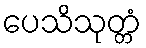
ပေသိသုတ္တံ